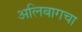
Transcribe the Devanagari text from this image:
अलिबागचा